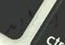
يتزايد